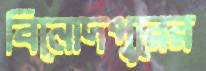
বিনোদপুরের